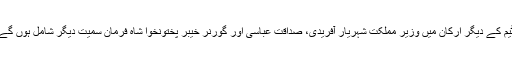
ٹیم کے دیگر ارکان میں وزیر مملکت شہریار آفریدی، صداقت عباسی اور گورنر خیبر پختونخوا شاہ فرمان سمیت دیگر شامل ہوں گے۔